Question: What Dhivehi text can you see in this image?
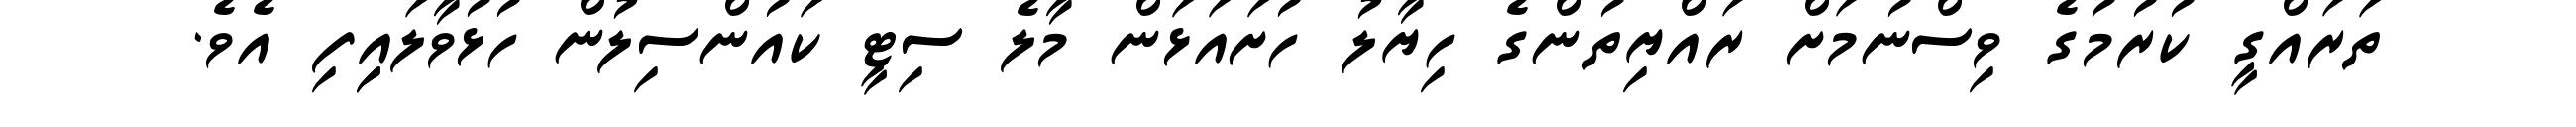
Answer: ތަރައްގީ ކުރުމުގެ ވިސްނުމަށް ރައްޔިތުންގެ ހިޔާލު ހުށައަޅަން މާލެ ސިޓީ ކައުންސިލުން ހުޅުވާލައިިފި އެވެ.